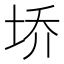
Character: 𰉩